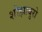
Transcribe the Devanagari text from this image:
शोझाबुरो